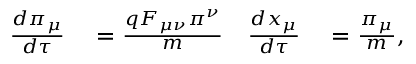
\begin{array} { r l r l } { \frac { d \pi _ { \mu } } { d \tau } } & { { } = \frac { q F _ { \mu \nu } \pi ^ { \nu } } { m } } & { \frac { d x _ { \mu } } { d \tau } } & { { } = \frac { \pi _ { \mu } } { m } , } \end{array}